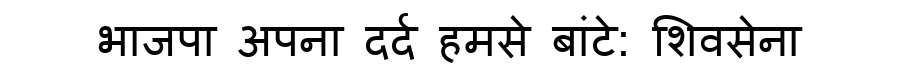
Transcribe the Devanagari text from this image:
भाजपा अपना दर्द हमसे बांटे: शिवसेना